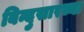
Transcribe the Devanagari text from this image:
बिन्दुसारच्या